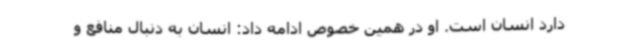
دارد انسان است. او در همین خصوص ادامه داد: انسان به دنبال منافع و